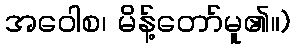
အဝေါစ၊ မိန့်တော်မူ၏။)